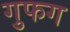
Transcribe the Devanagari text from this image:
गुफग